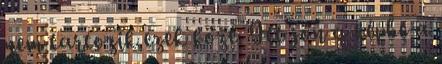
nem tartozik ezek közé. Itt jön a képbe a